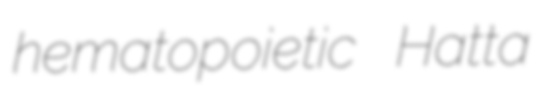
hematopoietic Hatta